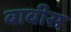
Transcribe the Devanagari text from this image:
बाबीस